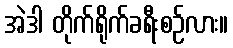
အဲဒါ တိုက်ရိုက်ခရီးစဉ်လား။